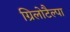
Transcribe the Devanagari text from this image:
ग्रिलोटैल्पा